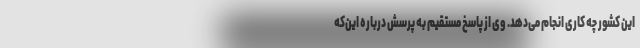
این کشور چه کاری انجام می‌دهد. وی از پاسخ مستقیم به پرسش درباره این‌که